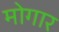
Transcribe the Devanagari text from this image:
मोगार